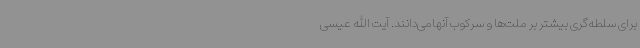
برای سلطه‌گری بیشتر بر ملت‌ها و سرکوب آنهامی‌دانند. آیت الله عیسی